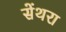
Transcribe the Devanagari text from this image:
सेंथरा